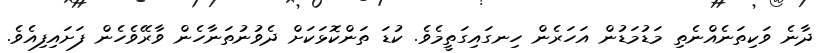
ދާނެ ވަކިތަނެއްނެތި މަޑުމަޑުން އަހަރެން ހިނގައިގަތީމެވެ. ކުޑަ ތަންކޮޅަކަށް ދެވުނުތަނާހެން ވާރޭވެހެން ފަށައިފިއެވެ.